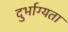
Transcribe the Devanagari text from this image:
दुर्भाग्यता